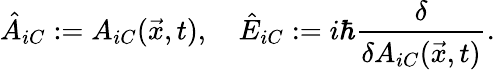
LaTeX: {\hat{A}}_{iC}:=A_{iC}({\vec{x}},t),\quad{\hat{E}}_{iC}:=i{\hbar}{\frac{\delta}{\delta A_{iC}({\vec{x}},t)}}.